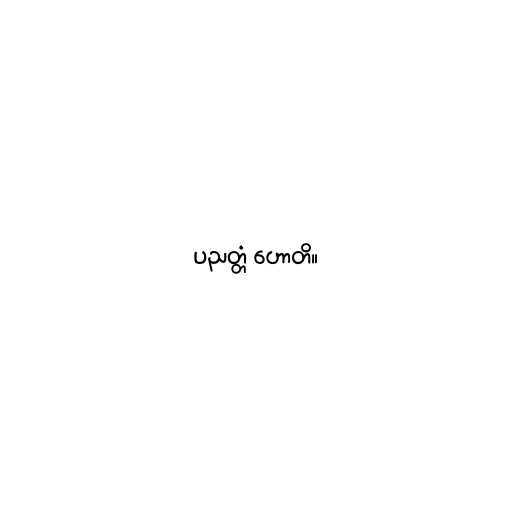
ပညတ္တံ ဟောတိ။